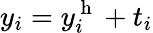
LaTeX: y_{i}=y_{i}^{\mathrm{~h~}}+t_{i}